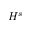
H ^ { s }